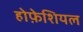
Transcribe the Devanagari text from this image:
होफ़ेशियल